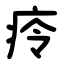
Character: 㾉